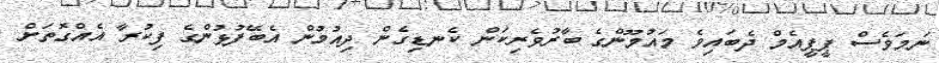
ނަމަވެސް ޕީޕީއެމް ދެބައިވެ މައުމޫންގެ ބާރުވެރިކަން ކެނޑިގެން ދިއުމުން އެބޭފުޅުންގެ ފިކުރާ އެއްގޮތަށް